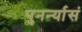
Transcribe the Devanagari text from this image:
पुनर्न्यासं